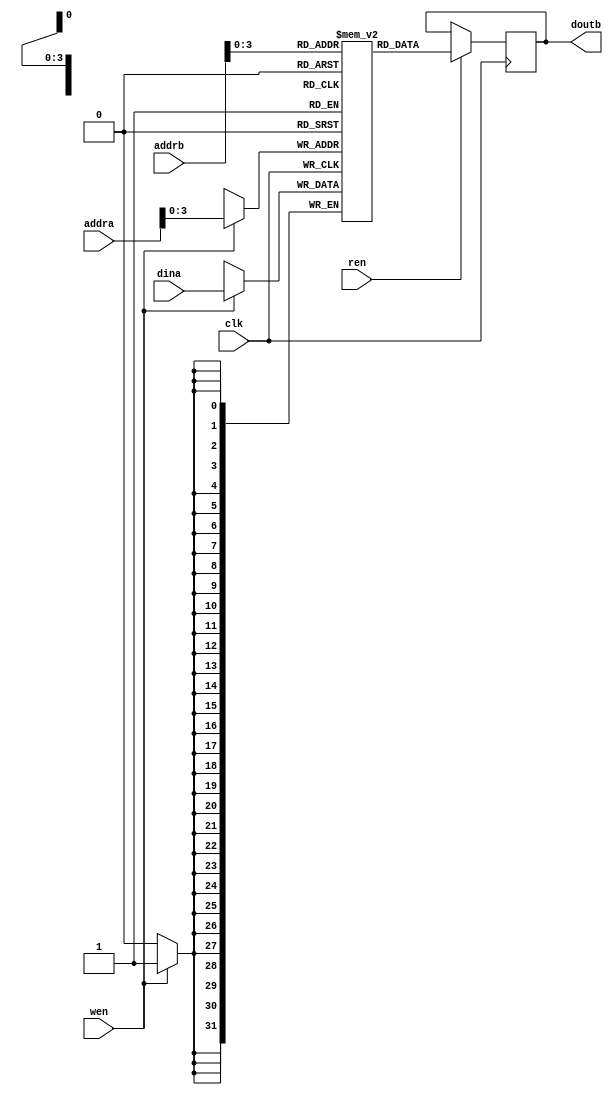
`timescale 1ns / 1ps

module  dpram #(
    parameter WIDTH=32,
    parameter DEPTH=1024
)   (
    input                           clk,
    input                           wen,
    input                           ren,
    input       [clog2(DEPTH)-1:0]  addra,
    input       [WIDTH-1:0]         dina,
    input       [clog2(DEPTH)-1:0]  addrb,
    output  reg [WIDTH-1:0]         doutb
);

reg [WIDTH-1:0] BRAM [clog2(DEPTH)-1:0];

always @(posedge clk) begin
    if(wen) begin
        BRAM[addra] <= dina;
    end
    if(ren) begin
        doutb <= BRAM[addrb];
    end
end

function    integer clog2;
    input   integer depth;
    begin
        depth = depth-1;
        for(clog2=0; depth>0; clog2=clog2+1) begin
            depth = depth >> 1;
        end
    end
endfunction


endmodule